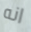
انه